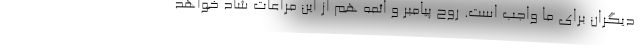
دیگران برای ما واجب است. روح پیامبر و ائمه هم از این مراعات شاد خواهد